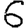
Digit: 6